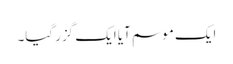
ایک موسم آیا ایک گزر گیا۔